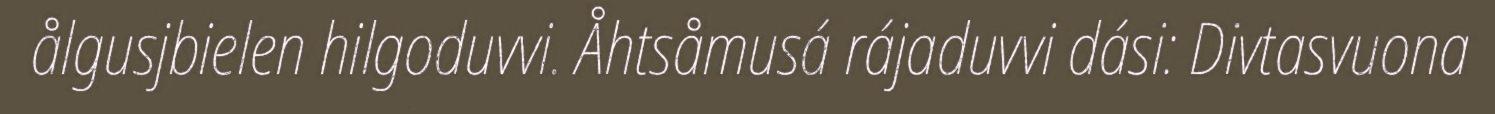
ålgusjbielen hilgoduvvi. Åhtsåmusá rájaduvvi dási: Divtasvuona